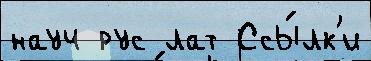
науч рус лат Ссы́лк'и